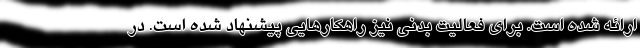
ارائه شده است. برای فعالیت بدنی نیز راهکارهایی پیشنهاد شده است. در